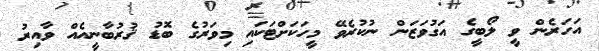
އަހަރެން ވީ ލޯބީގެ އަގުވަޒަން ނުކުރެވޭ މީހަކަށްޓަކައި މިވަރުގެ ބޮޑު ޤުރުބާނީއެއް ވާއިރު